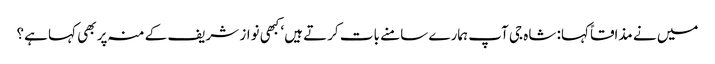
میں نے مذاقاً کہا: شاہ جی آپ ہمارے سامنے بات کرتے ہیں‘ کبھی نواز شریف کے منہ پر بھی کہا ہے؟